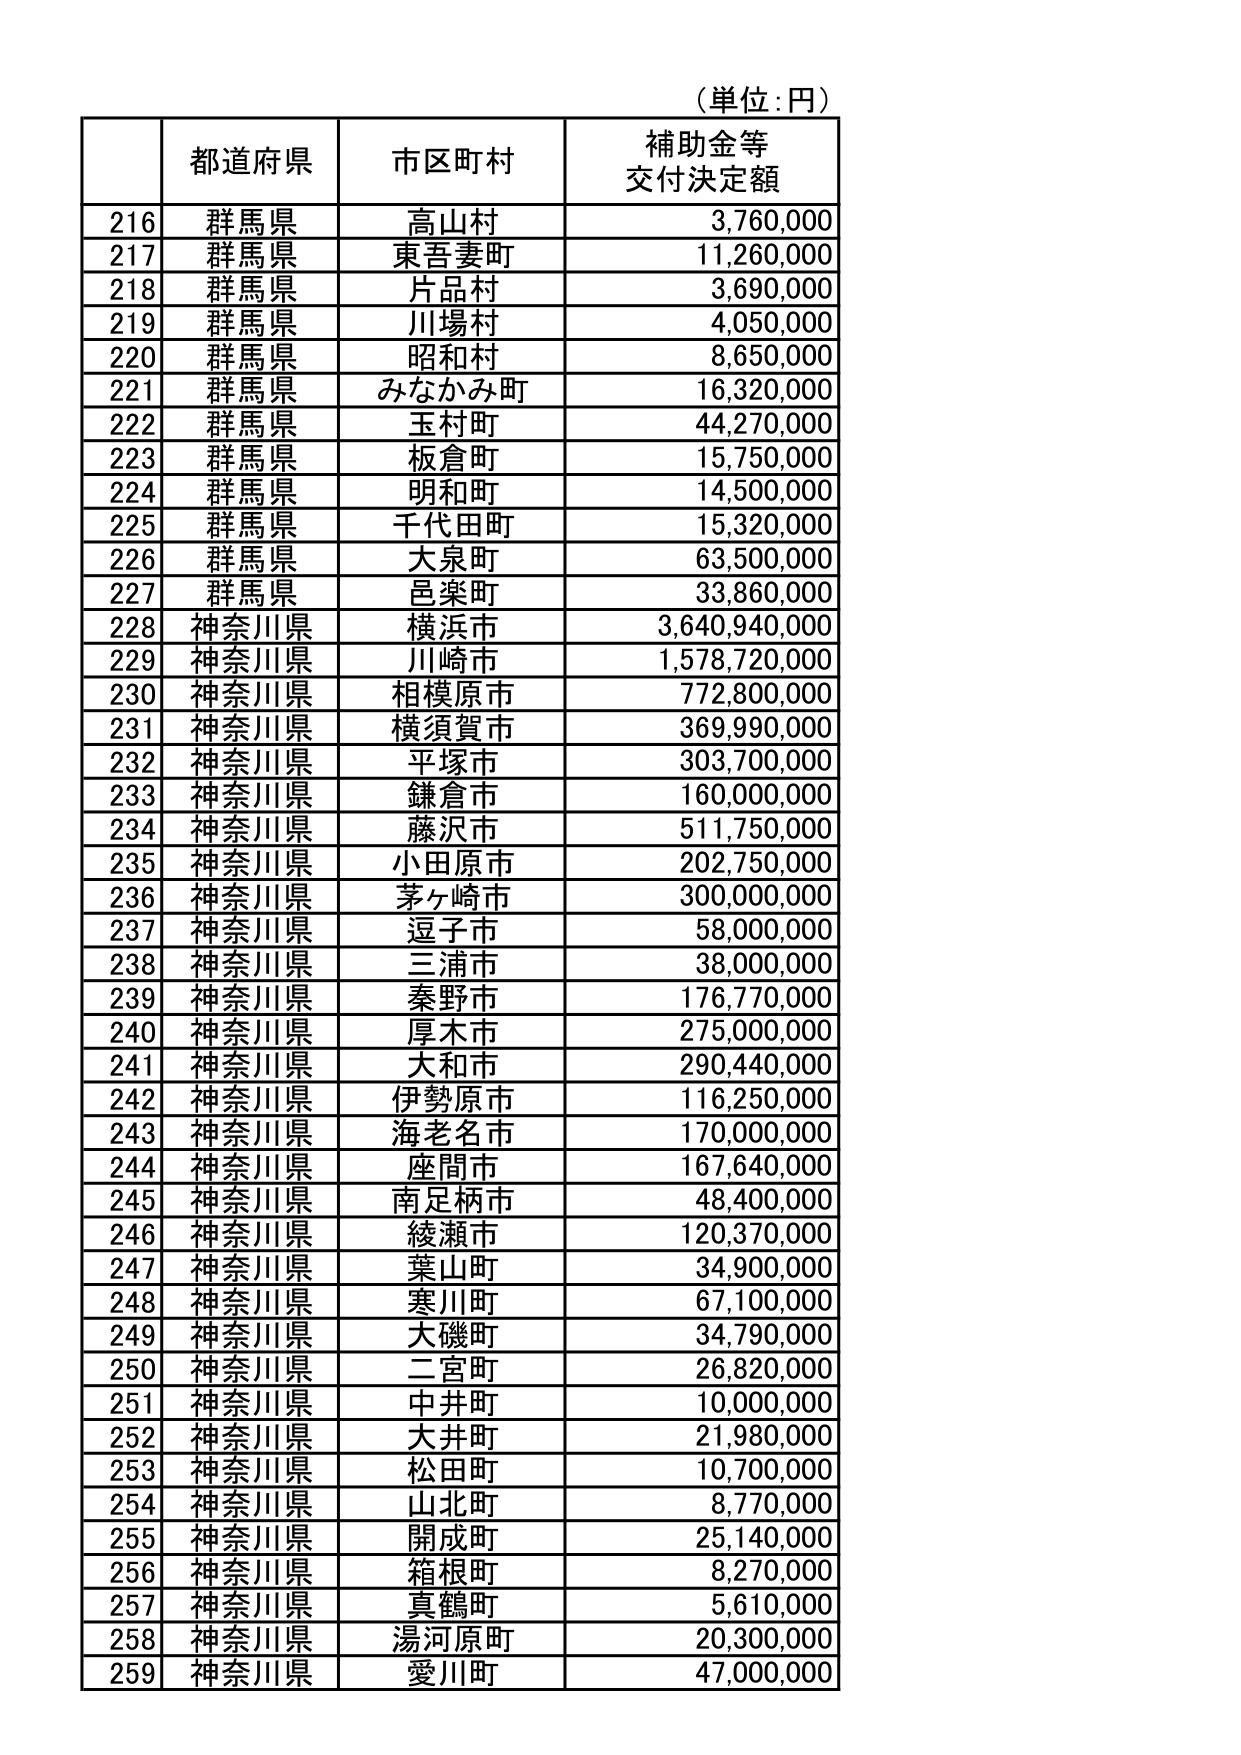
（単位：円）

| | 都道府県 | 市区町村 | 補助金等 交付決定額 |
|---|---|---|---|
| 216 | 群馬県 | 高山村 | 3,760,000 |
| 217 | 群馬県 | 東吾妻町 | 11,260,000 |
| 218 | 群馬県 | 片品村 | 3,690,000 |
| 219 | 群馬県 | 川場村 | 4,050,000 |
| 220 | 群馬県 | 昭和村 | 8,650,000 |
| 221 | 群馬県 | みなかみ町 | 16,320,000 |
| 222 | 群馬県 | 玉村町 | 44,270,000 |
| 223 | 群馬県 | 板倉町 | 15,750,000 |
| 224 | 群馬県 | 明和町 | 14,500,000 |
| 225 | 群馬県 | 千代田町 | 15,320,000 |
| 226 | 群馬県 | 大泉町 | 63,500,000 |
| 227 | 群馬県 | 呂楽町 | 33,860,000 |
| 228 | 神奈川県 | 横浜市 | 3,640,940,000 |
| 229 | 神奈川県 | 川崎市 | 1,578,720,000 |
| 230 | 神奈川県 | 相模原市 | 772,800,000 |
| 231 | 神奈川県 | 横須賀市 | 369,990,000 |
| 232 | 神奈川県 | 平塚市 | 303,700,000 |
| 233 | 神奈川県 | 鎌倉市 | 160,000,000 |
| 234 | 神奈川県 | 藤沢市 | 511,750,000 |
| 235 | 神奈川県 | 小田原市 | 202,750,000 |
| 236 | 神奈川県 | 茅ヶ崎市 | 300,000,000 |
| 237 | 神奈川県 | 逗子市 | 58,000,000 |
| 238 | 神奈川県 | 三浦市 | 38,000,000 |
| 239 | 神奈川県 | 秦野市 | 176,770,000 |
| 240 | 神奈川県 | 厚木市 | 275,000,000 |
| 241 | 神奈川県 | 大和市 | 290,440,000 |
| 242 | 神奈川県 | 伊勢原市 | 116,250,000 |
| 243 | 神奈川県 | 海老名市 | 170,000,000 |
| 244 | 神奈川県 | 座間市 | 167,640,000 |
| 245 | 神奈川県 | 南足柄市 | 48,400,000 |
| 246 | 神奈川県 | 綾瀬市 | 120,370,000 |
| 247 | 神奈川県 | 葉山町 | 34,900,000 |
| 248 | 神奈川県 | 寒川町 | 67,100,000 |
| 249 | 神奈川県 | 大磯町 | 34,790,000 |
| 250 | 神奈川県 | 二宮町 | 26,820,000 |
| 251 | 神奈川県 | 中井町 | 10,000,000 |
| 252 | 神奈川県 | 大井町 | 21,980,000 |
| 253 | 神奈川県 | 松田町 | 10,700,000 |
| 254 | 神奈川県 | 山北町 | 8,770,000 |
| 255 | 神奈川県 | 開成町 | 25,140,000 |
| 256 | 神奈川県 | 箱根町 | 8,270,000 |
| 257 | 神奈川県 | 真鶴町 | 5,610,000 |
| 258 | 神奈川県 | 湯河原町 | 20,300,000 |
| 259 | 神奈川県 | 愛川町 | 47,000,000 |